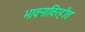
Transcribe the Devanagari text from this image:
भावनाविरहीत